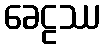
ခေဠဿ